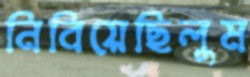
নিবিয়েছিলুম